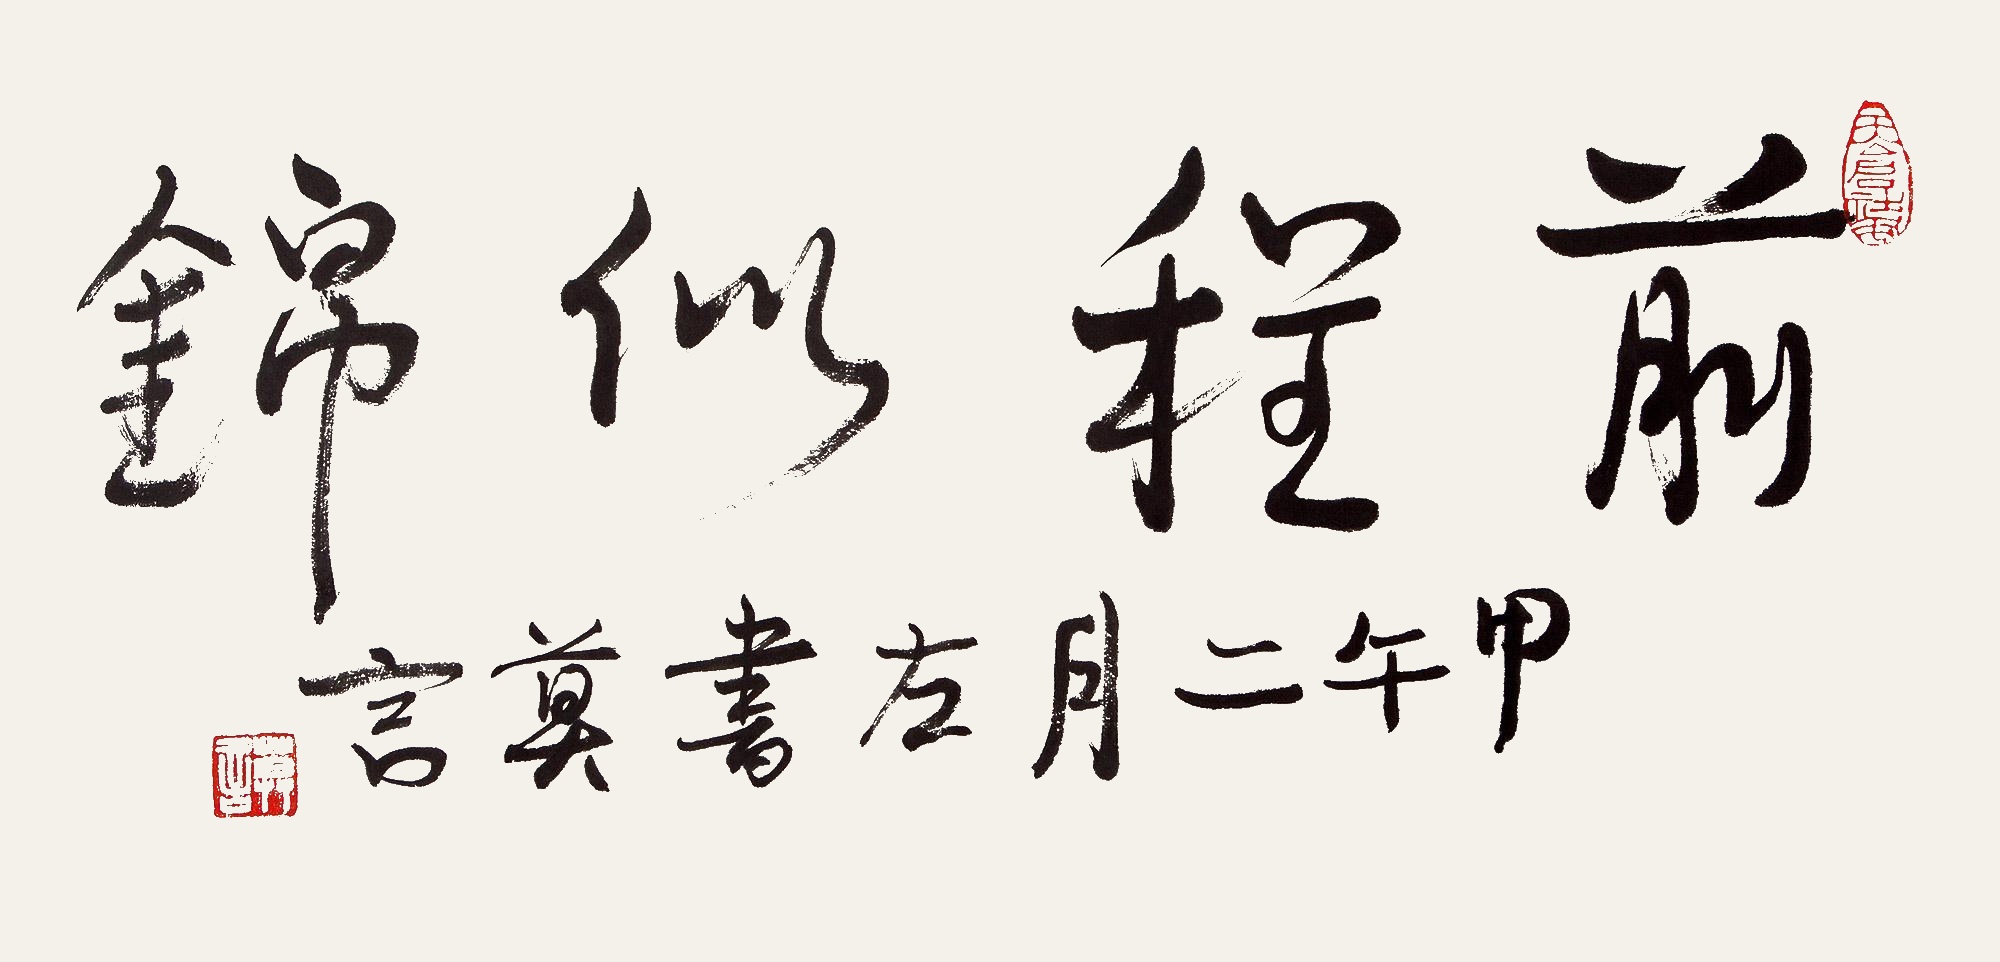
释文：前程似锦。甲午二月左书，莫言。